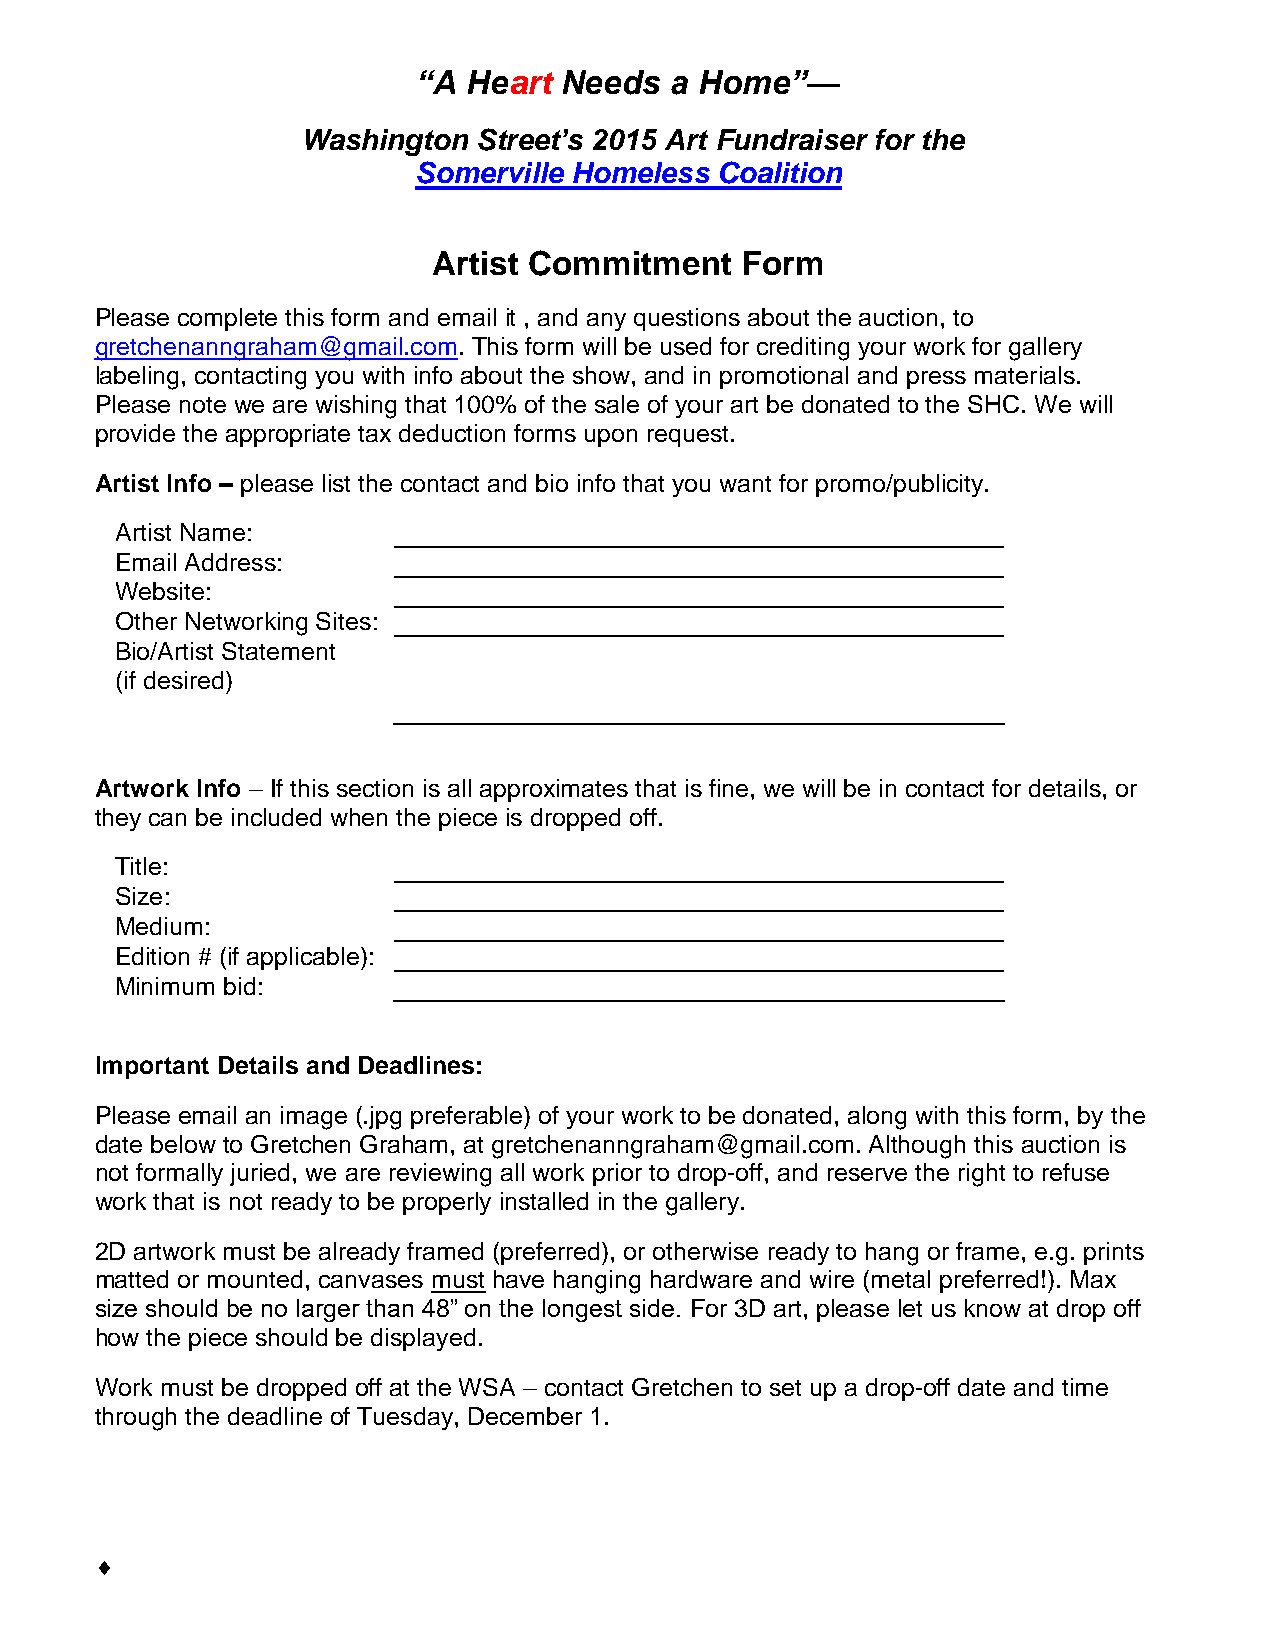
“A Heart Needs  a Home”—
 Washington  Street’s 2015 Art Fundraiser for the
 Somerville Homeless Coalition
 Artist Commitment   Form
 Please complete this form and email it , and any questions about the auction, to
 gretchenanngraham@gmail.com. This form will be used for crediting your work for gallery
 labeling, contacting you with info about the show, and in promotional and press materials.
 Please note we are wishing that 100% of the sale of your art be donated to the SHC. We will
 provide the appropriate tax deduction forms upon request.
 Artist Info – please list the contact and bio info that you want for promo/publicity.
 Artist Name:
 Email Address:
 Website:
 Other Networking Sites:
 Bio/Artist Statement
 (if desired)
 Artwork Info – If this section is all approximates that is fine, we will be in contact for details, or
 they can be included when the piece is dropped off.
 Title:
 Size:
 Medium:
 Edition # (if applicable):
 Minimum bid:
 Important Details and Deadlines:
 Please email an image (.jpg preferable) of your work to be donated, along with this form, by the
 date below to Gretchen Graham, at gretchenanngraham@gmail.com. Although this auction is
 not formally juried, we are reviewing all work prior to drop-off, and reserve the right to refuse
 work that is not ready to be properly installed in the gallery.
 2D artwork must be already framed (preferred), or otherwise ready to hang or frame, e.g. prints
 matted or mounted, canvases must have hanging hardware and wire (metal preferred!). Max
 size should be no larger than 48” on the longest side. For 3D art, please let us know at drop off
 how the piece should be displayed.
 Work must be dropped off at the WSA – contact Gretchen to set up a drop-off date and time
 through the deadline of Tuesday, December 1.
 